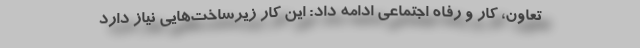
تعاون، کار و رفاه اجتماعی ادامه داد: این کار زیرساخت‌هایی نیاز دارد